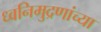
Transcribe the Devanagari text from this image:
ध्वनिमुद्रणांच्या